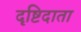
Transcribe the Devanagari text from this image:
दृष्टिदाता